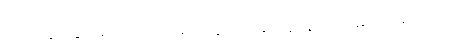
ဒါဟာ ပွဲ ၂ပွဲကစားတိုင်း တစ်ဂိုးသွင်းယူနိုင်သူလို့ သတ်မှတ်လို့ရပါတယ်။